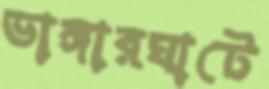
ভাঙ্গারঘাটে